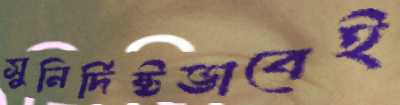
সুনির্দিষ্টভাবেই